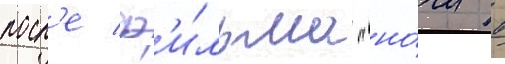
посл'е ф'и́льма "но́чи в